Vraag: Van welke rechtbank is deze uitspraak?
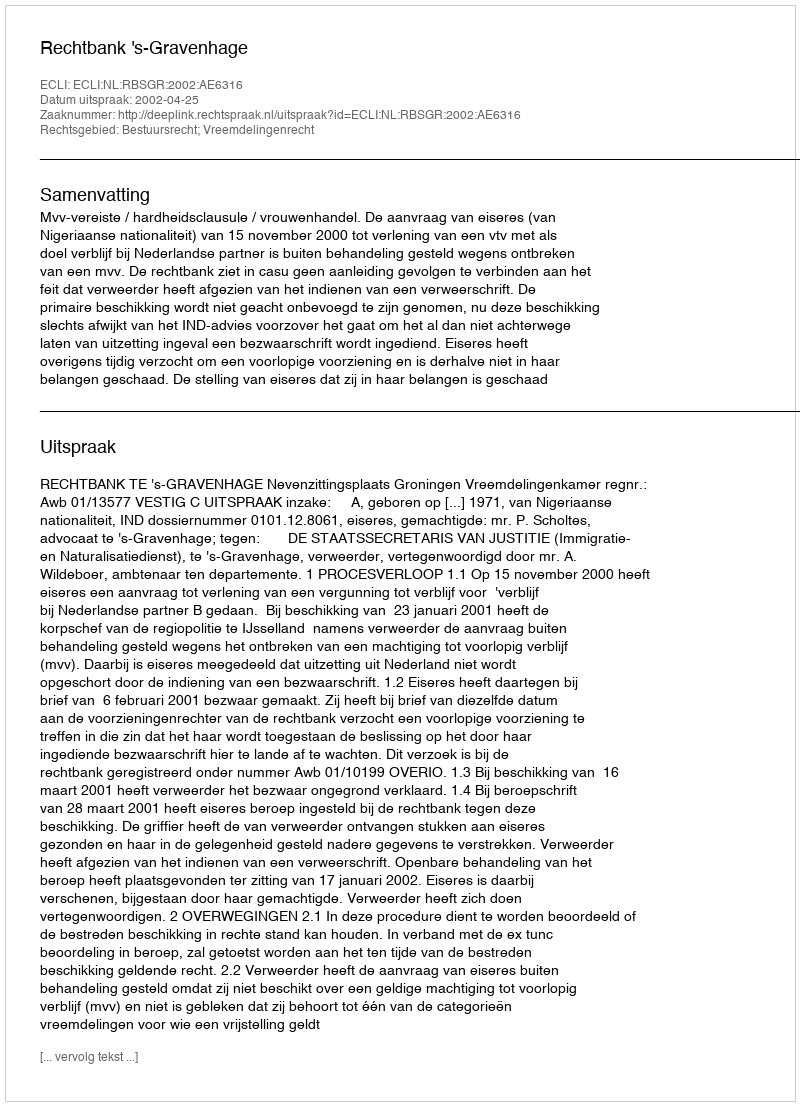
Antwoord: Rechtbank 's-Gravenhage